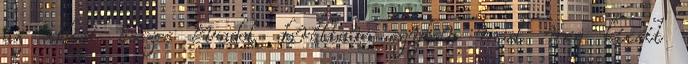
az eddigi összes évadot daráltam egyben most meg kicsit